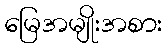
မြေအမျိုးအစား